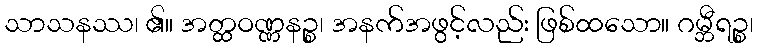
သာသနဿ၊ ၏။ အတ္ထဝဏ္ဏနဉ္စ၊ အနက်အဖွင့်လည်း ဖြစ်ထသော။ ဂမ္ဘီရဉ္စ၊